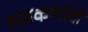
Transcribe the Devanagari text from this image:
गजकर्णादी